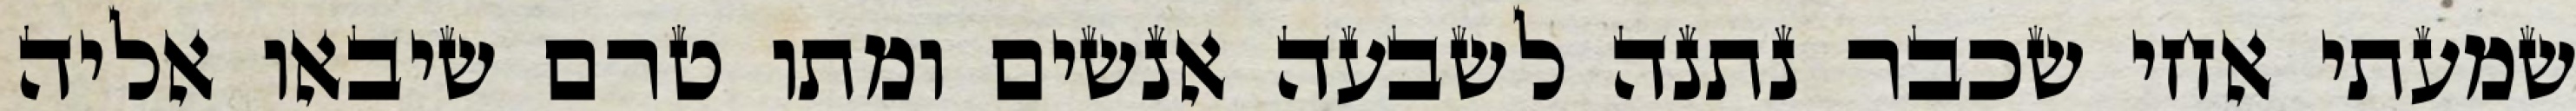
שמעתי אחי שכבר נתנה לשבעה אנשים ומתו טרם שיבאו אליה